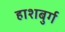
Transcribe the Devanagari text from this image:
हाशबुर्ग